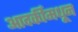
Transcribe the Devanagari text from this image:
आदर्कीमधून